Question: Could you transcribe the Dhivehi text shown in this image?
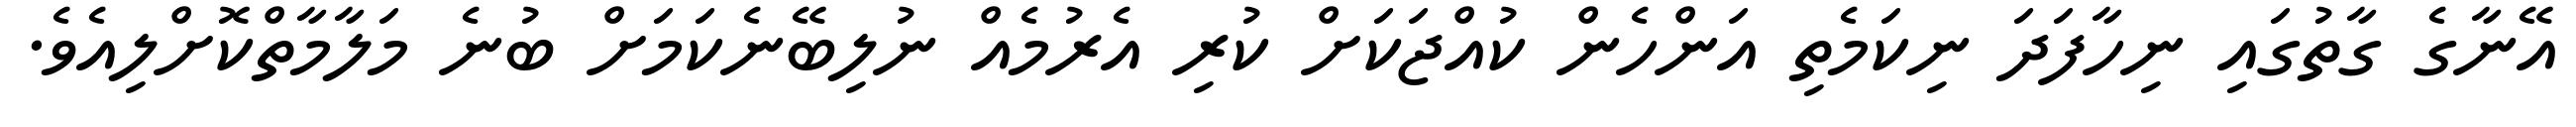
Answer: އޭނާގެ ގާތުގައި ނިހާފަދަ ނިކަމެތި އަންހެން ކުއްޖަކަށް ކުރި އެރުމެއް ނުލިބޭނެކަމަށް ބުނެ މަލާމާތްކޮށްލިއެވެ.